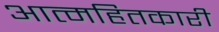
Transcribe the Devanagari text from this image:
आत्महितकारी